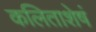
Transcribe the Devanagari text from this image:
कलिताशेषं